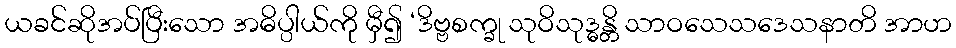
ယခင်ဆိုအပ်ပြီးသော အဓိပ္ပါယ်ကို မှီ၍ ‘ဒိဗ္ဗစက္ခု သုဝိသုဒ္ဓန္တိ သာဝသေသဒေသနာတိ အာဟ